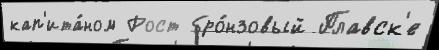
кап'ита́ном Рост бро́нзовый Плавск'е